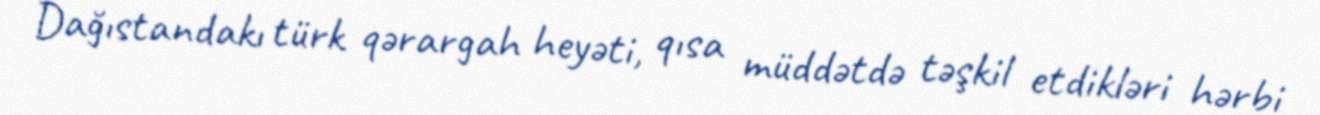
Dağıstandakı türk qərargah heyəti, qısa müddətdə təşkil etdikləri hərbi